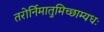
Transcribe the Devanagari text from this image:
तरोर्निमातुमिच्छाम्यधः